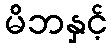
မိဘနှင့်